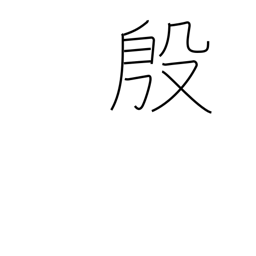
Meaning: flourishing